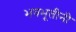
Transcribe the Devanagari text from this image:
भवभूतीनी